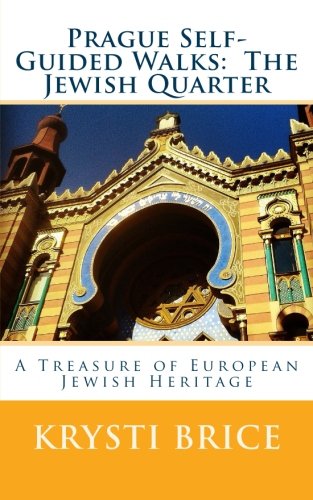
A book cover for Prague Self-Guided Walks:  The Jewish Quarter; Krysti Brice; Travel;